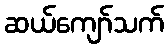
ဆယ်ကျော်သက်